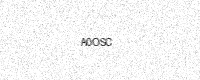
Text: A0OSC